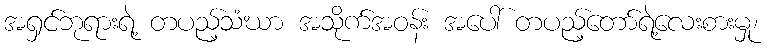
အရှင်ဘုရားရဲ့ တပည့်သံဃာ အသိုက်အဝန်း အပေါ် တပည့်တော်ရဲ့လေးစားမှု၊